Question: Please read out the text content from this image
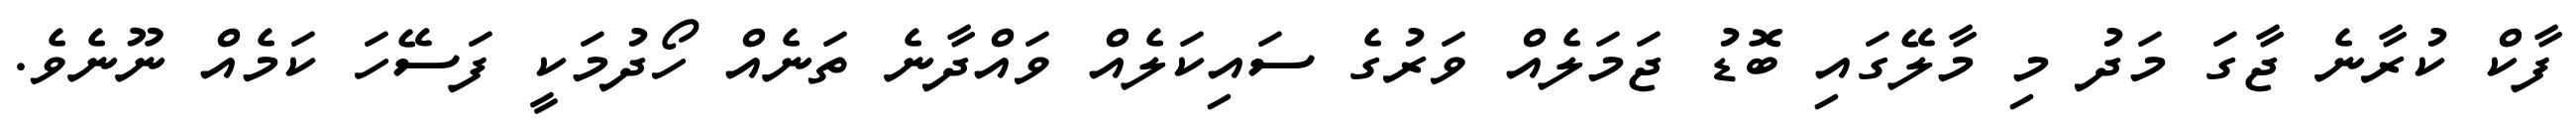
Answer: ފާކް ކުރާނެ ޖާގަ މަދު މި މާލޭގައި ބޮޑު ޖަމަލެއް ވަރުގެ ސައިކަލެއް ވައްދާނެ ތަނެއް ހޯދުމަކީ ފަސޭހަ ކަމެއް ނޫނެވެ.